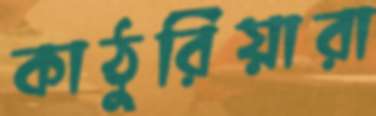
কাঠুরিয়ারা